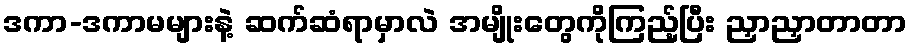
ဒကာ-ဒကာမများနဲ့ ဆက်ဆံရာမှာလဲ အမျိုးတွေကိုကြည့်ပြီး ညှာညှာတာတာ